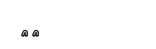
٢٧